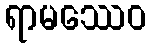
ရာမဿေဝ